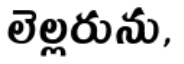
లెల్లరును,